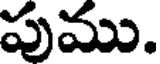
పుము.